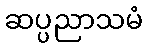
ဆပ္ပညာသမံ